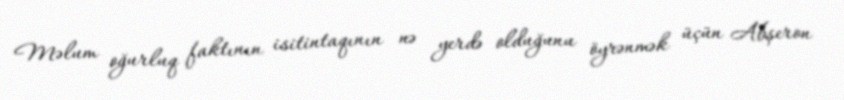
Məlum oğurluq faktının isitintaqının nə yerdə olduğunu öyrənmək üçün Abşeron